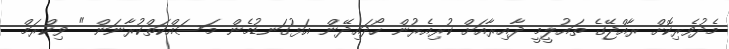
މެދުވެރިކޮށް ރާއްޖޭގެ ތައުލީމީ ދާއިރާއަށް ކުރިއެރުން ހޯދައިދޭން އަޅުގަނޑުމެން މަސައްކަތްކުރާނަން " ވިކްރަމް